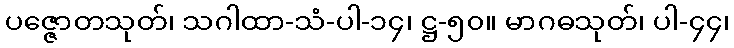
ပဇ္ဇောတသုတ်၊ သဂါထာ-သံ-ပါ-၁၄၊ ဋ္ဌ-၅၀။ မာဂဓသုတ်၊ ပါ-၄၄၊